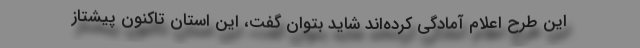
این طرح اعلام آمادگی کرده‌اند شاید بتوان گفت، این استان تاکنون پیشتاز